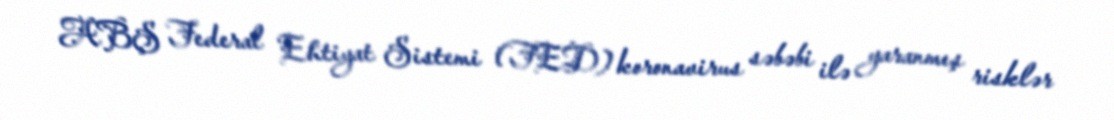
ABŞ Federal Ehtiyat Sistemi (FED) koronavirus səbəbi ilə yaranmış risklər